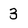
Character: 3